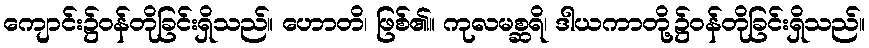
ကျောင်း၌ဝန်တိုခြင်းရှိသည်။ ဟောတိ၊ ဖြစ်၏။ ကုလမစ္ဆရိ၊ ဒါယကာတို့၌ဝန်တိုခြင်းရှိသည်။